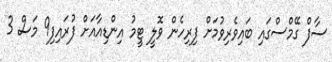
ސާފް ގޭމްސްގައި ބައިވެރިވުމަށް ފިރިހެން ވޮލީ ޓީމު އިންޑިއާއަށް ފުރައިފި9 މަސް 3